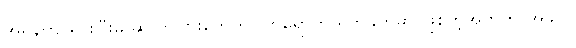
အရှိန်ကျသွားပြီးမှ ဆိုလာပြားတွေကို လာရောက် ရိုက်ခတ်မှာ ဖြစ်တဲ့အတွက် အခုလို